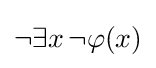
\neg \exists x\,\neg \varphi (x)